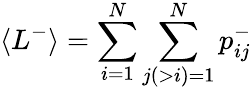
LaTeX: \langle L^{-}\rangle=\sum_{i=1}^{N}\sum_{j(>i)=1}^{N}p_{ij}^{-}